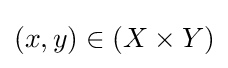
(x,y)\in (X\times Y)